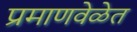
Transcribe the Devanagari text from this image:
प्रमाणवेळेत